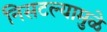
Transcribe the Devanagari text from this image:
निसटल्यामुळे